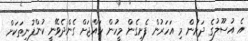
އެ އުސޫލުގެ ދަށުން މި އަހަރުން ފެށިގެން މީހުން ހައްޖަށް ގެންދެވޭނީ ކުންފުނިތަކަށް